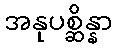
အနုပစ္ဆိန္နာ